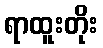
ရာထူးတိုး